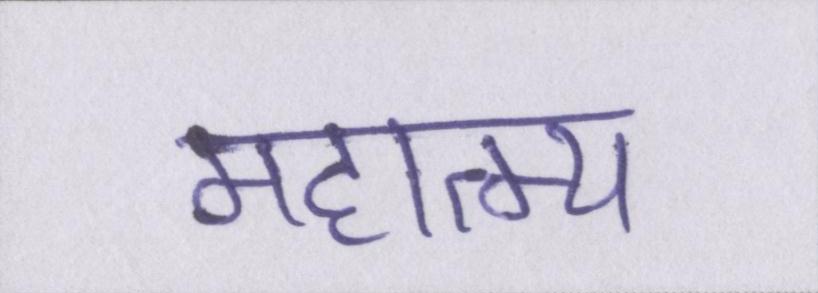
महात्म्य